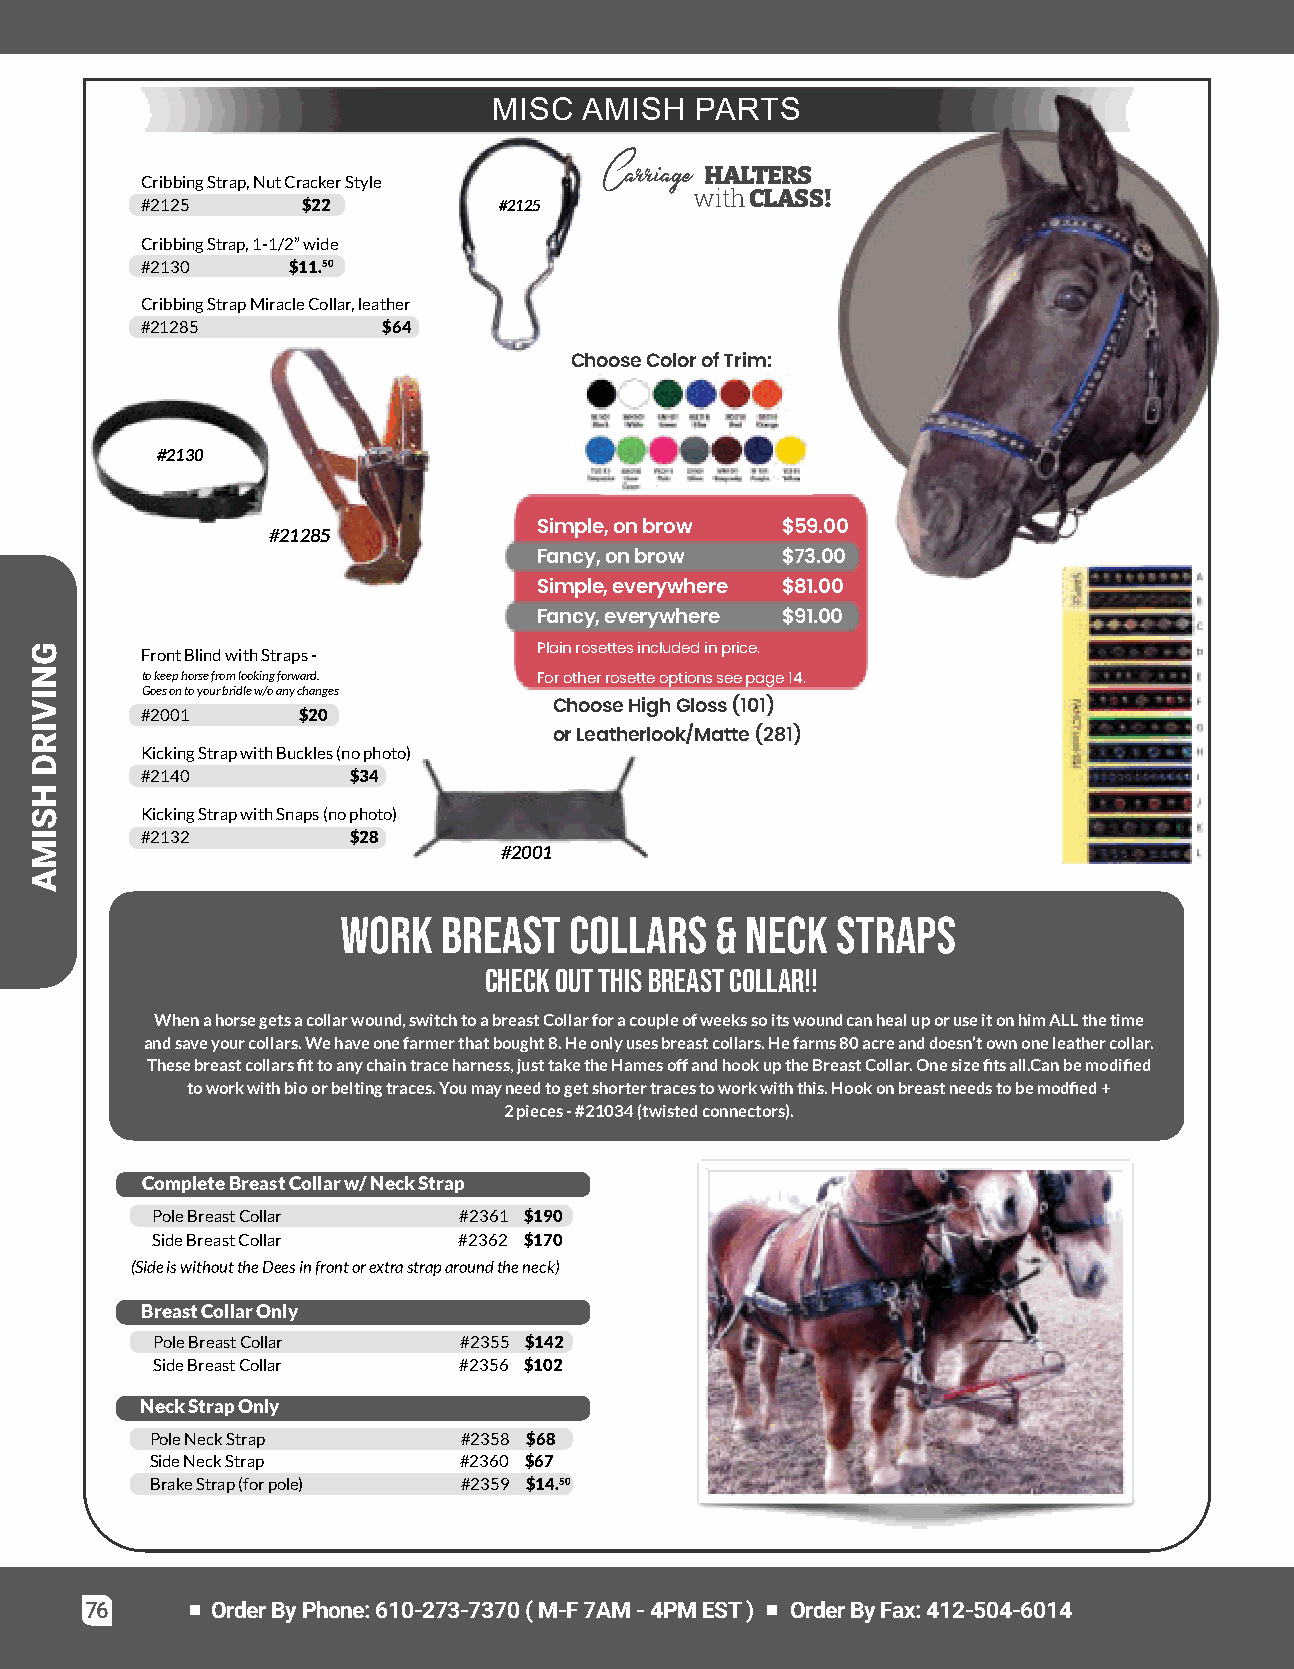
MISC  AMISH  PARTS
 Carriage HALTERS
 CribbingStrap,NutCrackerStyle
 withCLASS!
 #2125      $22          #2125
 CribbingStrap,1-1/2”wide
 #2130     $11.50
 CribbingStrapMiracleCollar,leather
 #21285          $64
 ChooseColorofTrim:
 #2130
 Simple,onbrow   $59.00
 #21285
 Fancy,onbrow    $73.00
 Simple,everywhere $81.00
 Fancy,everywhere $91.00
 FrontBlindwithStraps-      Plainrosettesincludedinprice.
 tokeephorsefromlookingforward. Forotherrosetteoptionsseepage14.
 Goesontoyourbridlew/oanychanges
 ChooseHighGloss(101)
 #2001      $20
 orLeatherlook/Matte(281)
 KickingStrapwithBuckles(nophoto)
 #2140         $34
 KickingStrapwithSnaps(nophoto)
 #2132         $28
 #2001
 Work  Breast   Collars  & Neck  Straps
 CheckOutThisBreastCollar!!
 Whenahorsegetsacollarwound,switchtoabreastCollarforacoupleofweekssoitswoundcanhealuporuseitonhimALLthetime
 andsaveyourcollars.Wehaveonefarmerthatbought8.Heonlyusesbreastcollars.Hefarms80acreanddoesn’townoneleathercollar.
 Thesebreastcollarsfittoanychaintraceharness,justtaketheHamesoffandhookuptheBreastCollar.Onesizefitsall.Canbemodified
 toworkwithbioorbeltingtraces.Youmayneedtogetshortertracestoworkwiththis.Hookonbreastneedstobemodfied+
 2pieces-#21034(twistedconnectors).
 CompleteBreastCollarw/NeckStrap
 PoleBreastCollar    #2361 $190
 SideBreastCollar    #2362 $170
 (SideiswithouttheDeesinfrontorextrastraparoundtheneck)
 BreastCollarOnly
 PoleBreastCollar     #2355 $142
 SideBreastCollar    #2356 $102
 NeckStrapOnly
 PoleNeckStrap        #2358 $68
 SideNeckStrap        #2360 $67
 BrakeStrap(forpole)  #2359 $14.50
 76      OrderByPhone:610-273-7370(M-F7AM-4PMEST) OrderByFax:412-504-6014
 GNIVIRD
 HSIMA